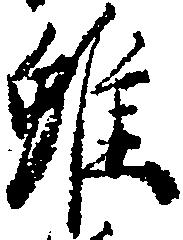
雖